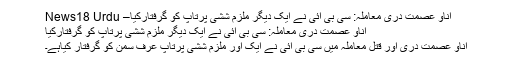
اناو عصمت دری معاملہ: سی بی آئی نے ایک دیگر ملزم ششی پرتاپ کو گرفتارکیا– News18 Urdu
اناو عصمت دری معاملہ: سی بی آئی نے ایک دیگر ملزم ششی پرتاپ کو گرفتارکیا
اناو عصمت دری اور قتل معاملہ میں سی بی آئی نے ایک اور ملزم ششی پرتاپ عرف سمن کو گرفتار کیاہے۔